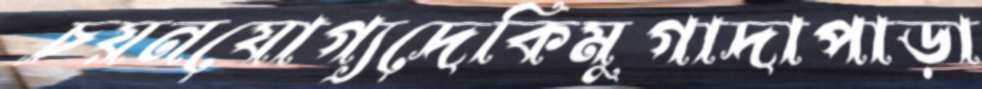
চয়নযোগ্যদেকিমুগাদাপাড়া